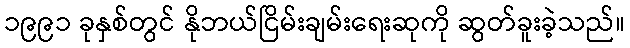
၁၉၉၁ ခုနှစ်တွင် နိုဘယ်ငြိမ်းချမ်းရေးဆုကို ဆွတ်ခူးခဲ့သည်။